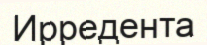
Ирредента